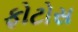
ફોટોસ